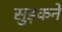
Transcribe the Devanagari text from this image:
सुड़कने